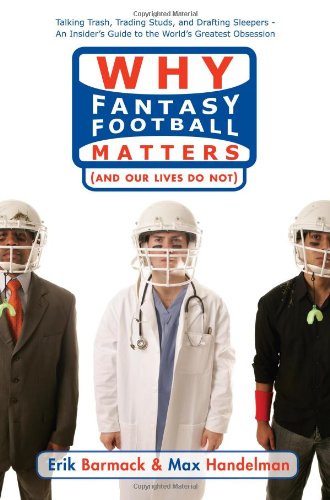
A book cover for Why Fantasy Football Matters: (And Our Lives Do Not); Erik Barmack; Humor & Entertainment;